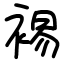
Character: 裼